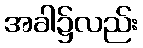
အခါ၌လည်း